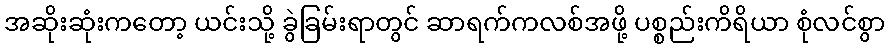
အဆိုးဆုံးကတော့ ယင်းသို့ ခွဲခြမ်းရာတွင် ဆာရက်ကလစ်အဖို့ ပစ္စည်းကိရိယာ စုံလင်စွာ